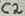
Text: C2